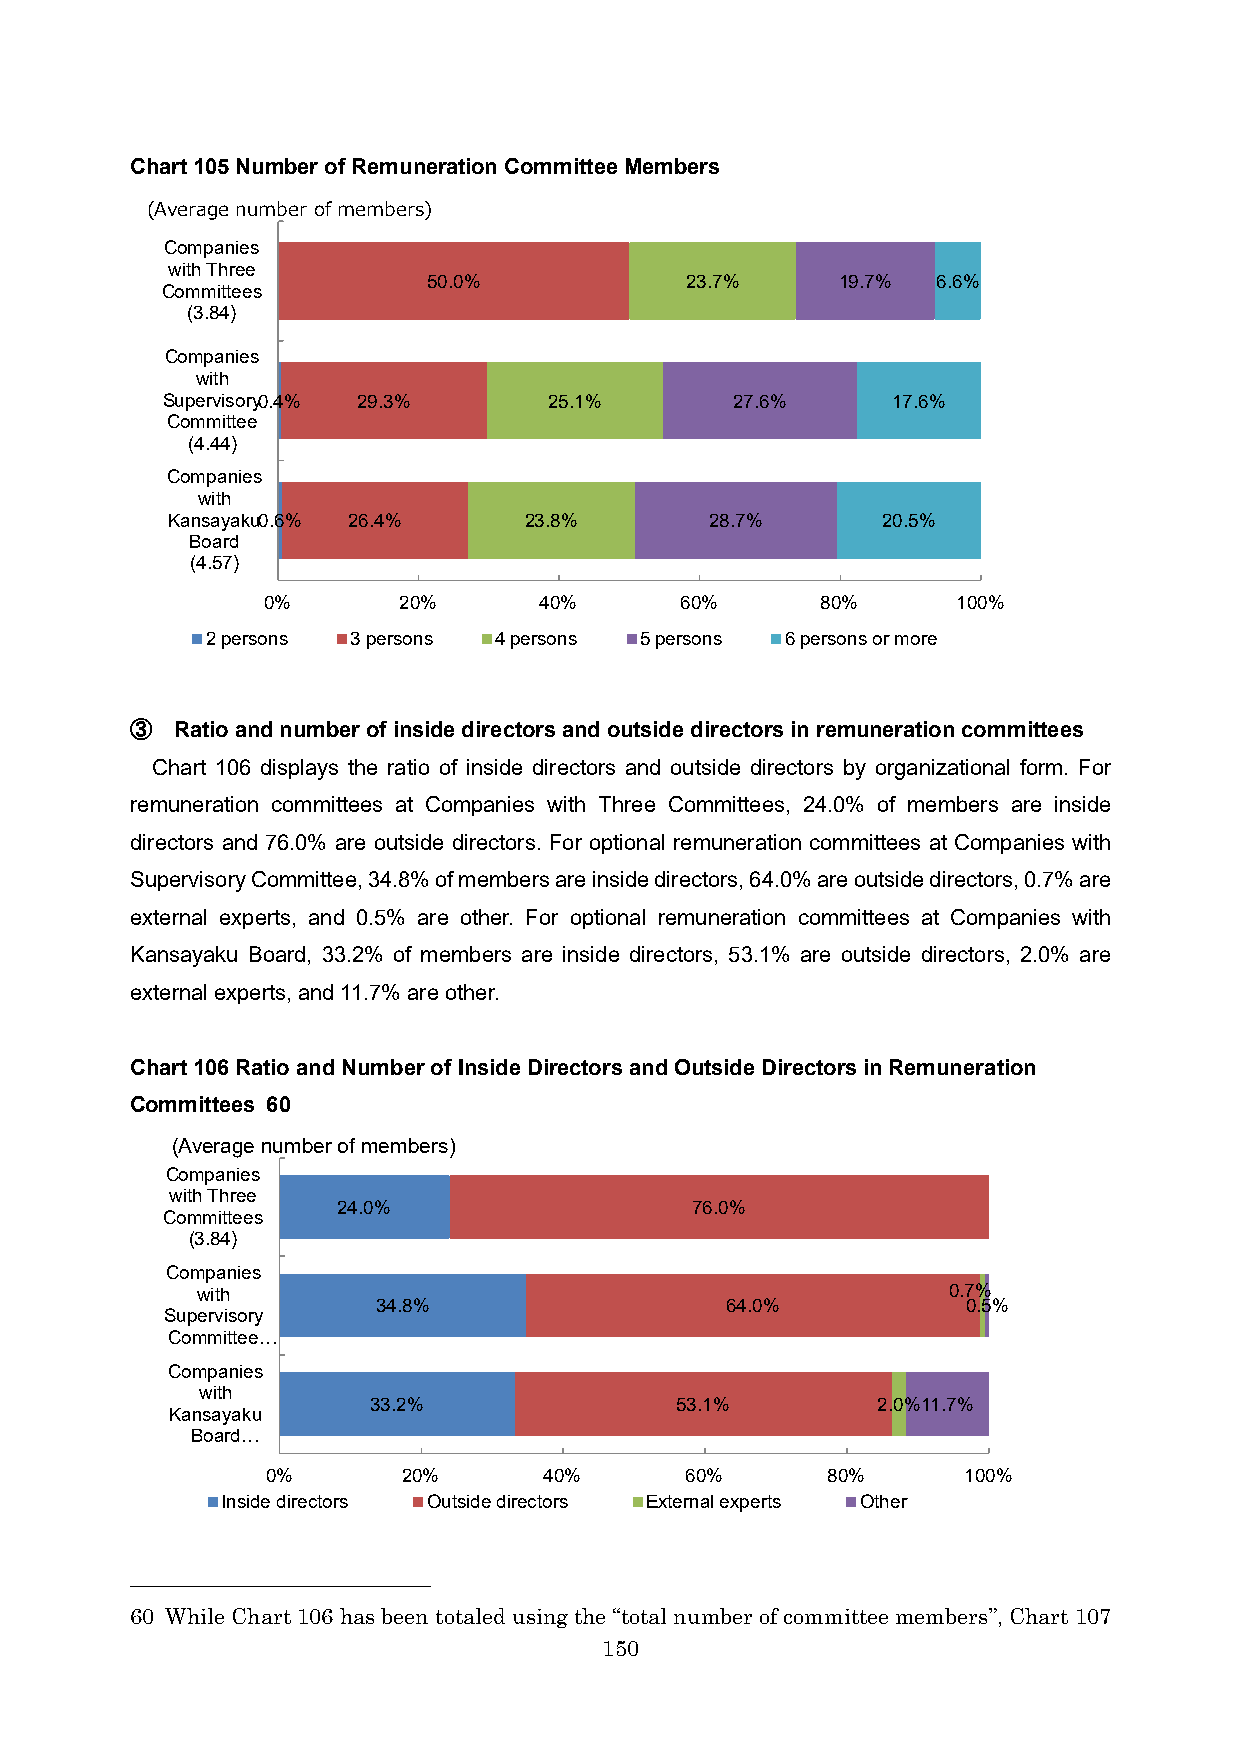
Chart 105Number of Remuneration Committee Members
 (Average number of members)
 Companies
 with Three
 50.0%            23.7%     19.7%  6.6%
 Committees
 (3.84)
 Companies
 with
 Supervisory0.4% 29.3%    25.1%        27.6%     17.6%
 Committee
 (4.44)
 Companies
 with
 Kansayaku0.6% 26.4%     23.8%       28.7%      20.5%
 Board
 (4.57)
 0%       20%       40%      60%      80%      100%
 2 persons 3 persons 4 persons 5 persons 6 persons or more
 ③  Ratio and number of inside directors and outside directors in remuneration committees
 Chart 106 displays the ratio of inside directors and outside directors by organizational form. For
 remuneration committees at Companies with Three Committees, 24.0% of members are inside
 directors and 76.0% are outside directors. For optional remuneration committees at Companies with
 Supervisory Committee, 34.8% of members are inside directors, 64.0% are outside directors, 0.7% are
 external experts, and 0.5% are other. For optional remuneration committees at Companies with
 Kansayaku Board, 33.2% of members are inside directors, 53.1% are outside directors, 2.0% are
 external experts, and 11.7% are other.
 Chart 106Ratio and Number of Inside Directors and Outside Directors in Remuneration
 Committees 60
 (Average number of members)
 Companies
 with Three
 24.0%                   76.0%
 Committees
 (3.84)
 Companies
 with                                              0.7%
 34.8%                  64.0%           0.5%
 Supervisory
 Committee…
 Companies
 with
 33.2%                53.1%        2.0%11.7%
 Kansayaku
 Board…
 0%       20%      40%      60%       80%      100%
 Inside directors Outside directors External experts Other
 60 While Chart 106 has been totaled using the “total number of committee members”, Chart 107
 150